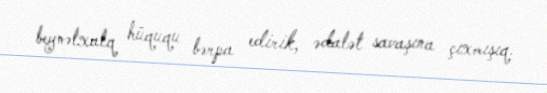
beynəlxalq hüququ bərpa edirik, ədalət savaşına çıxmışıq.